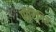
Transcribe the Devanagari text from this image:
पोरिगिरे